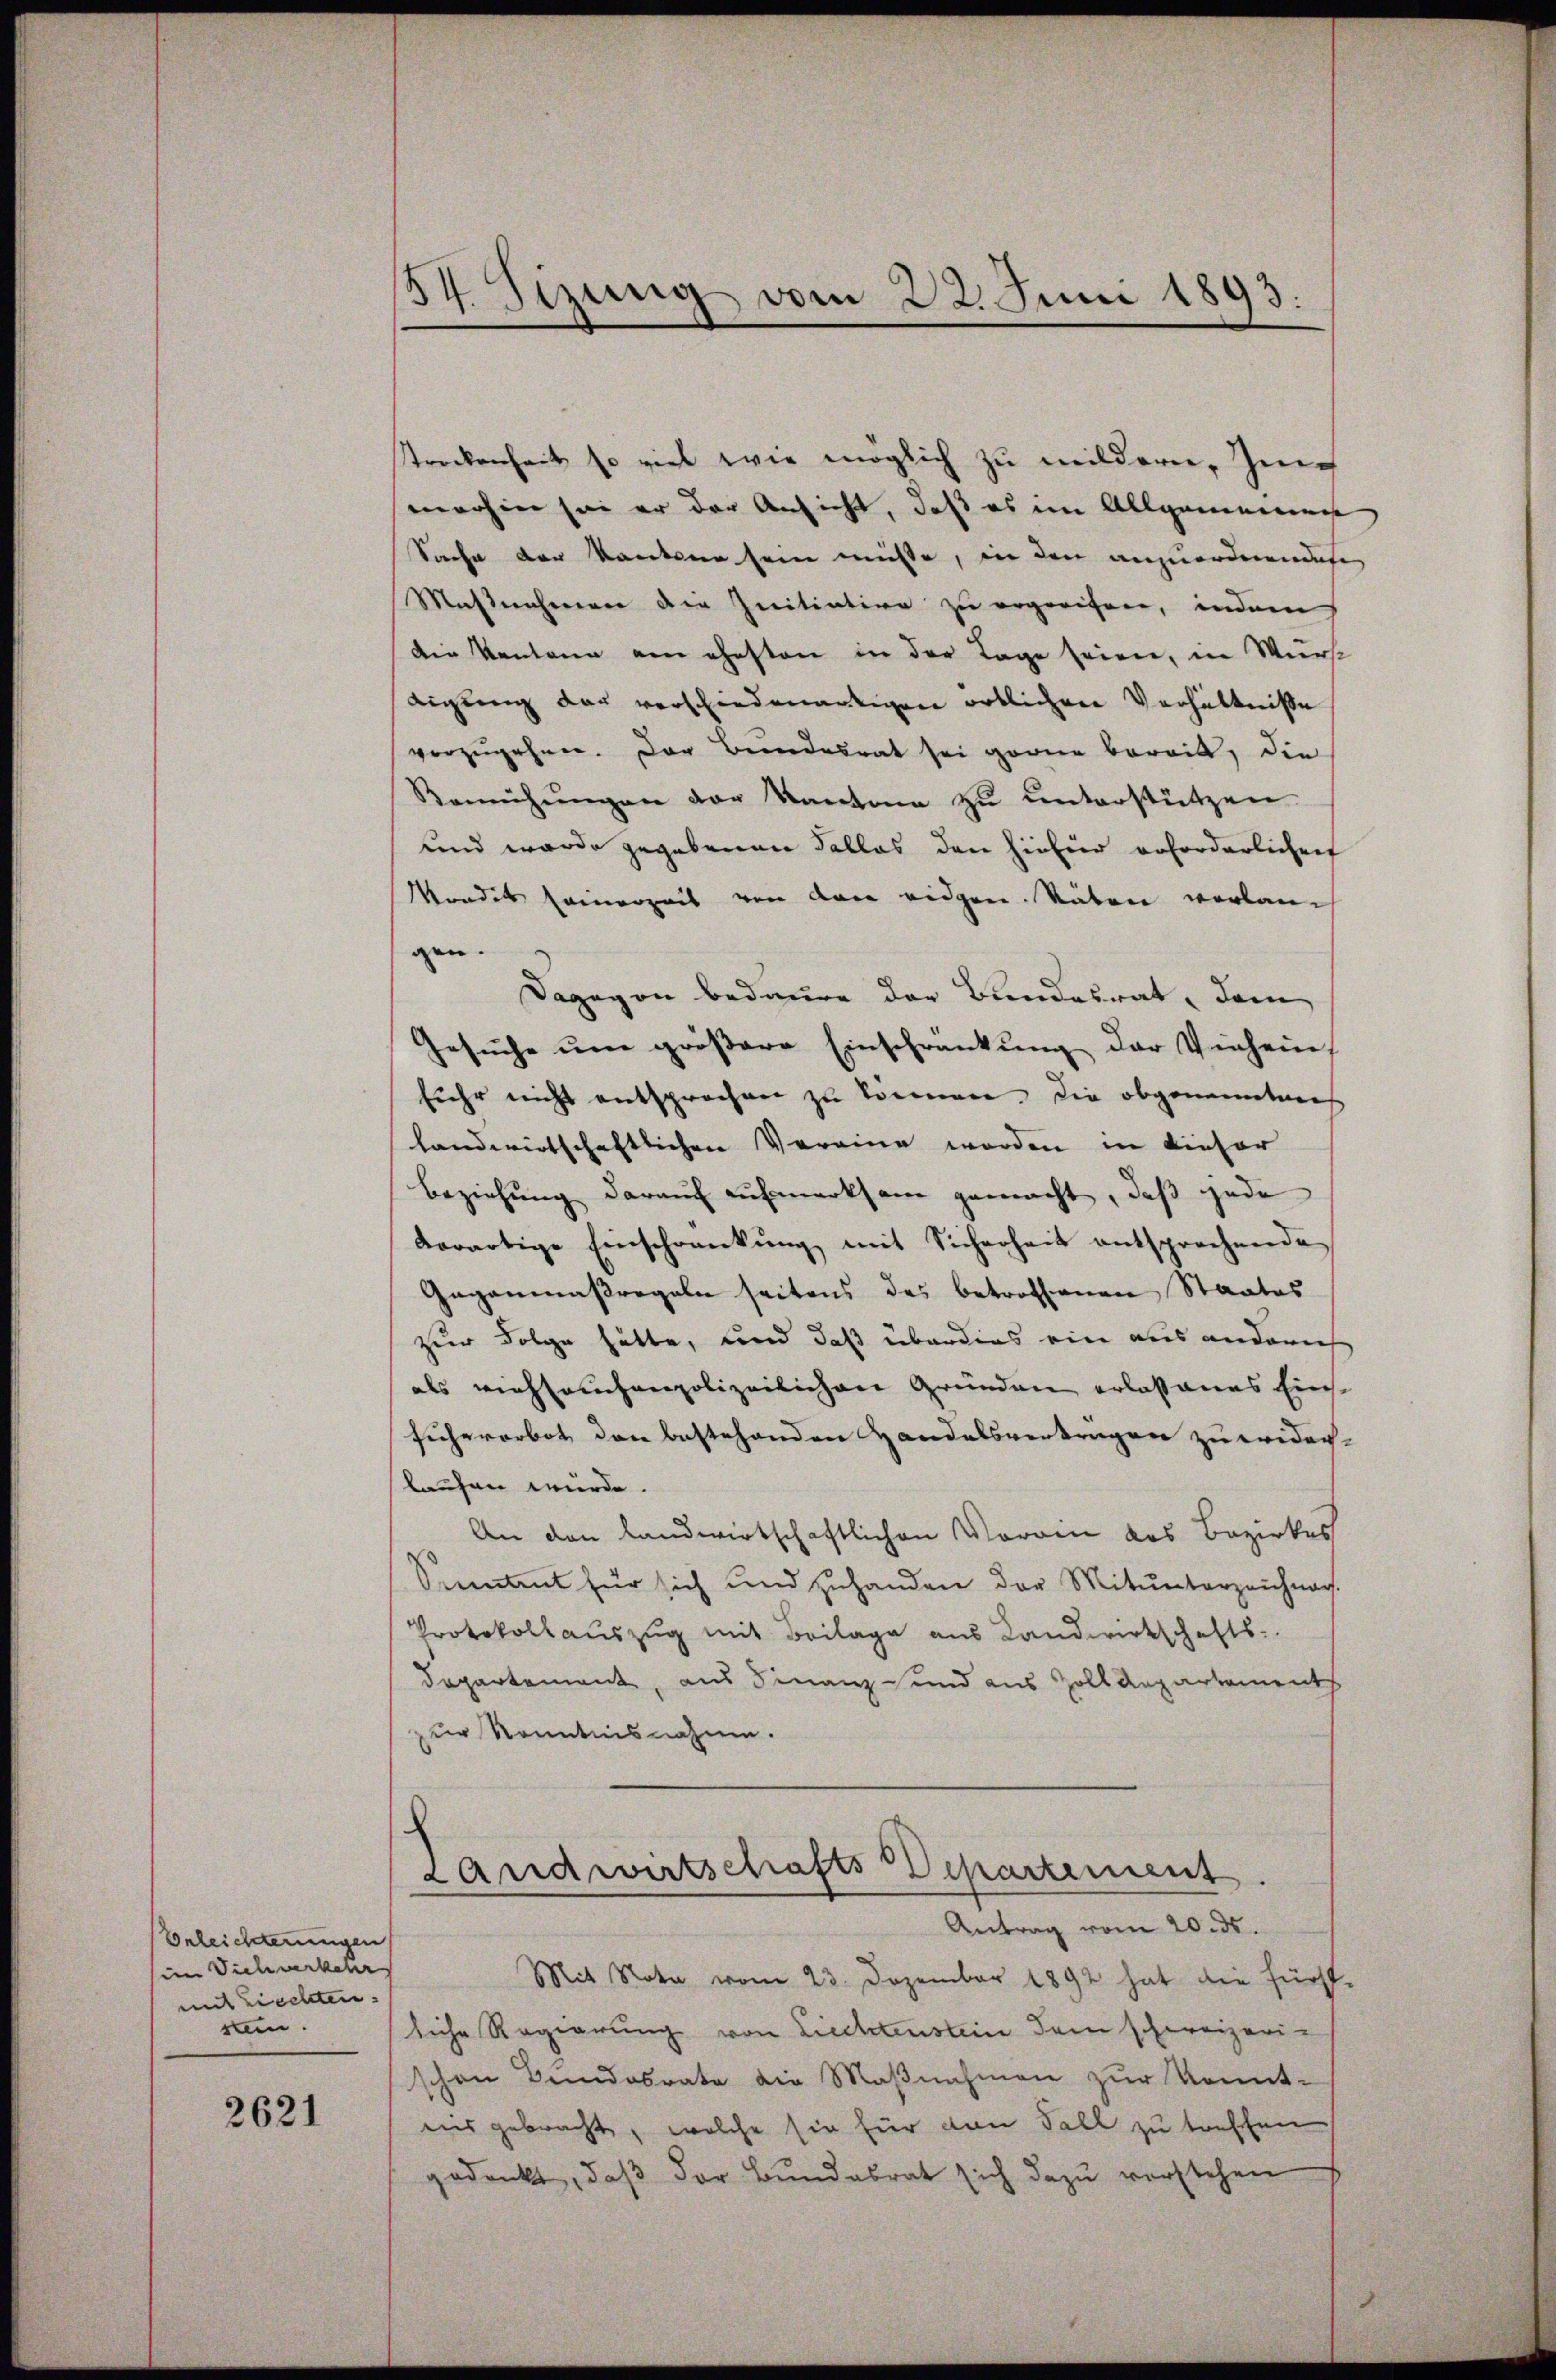
Beleichterungen
im Viehverkehr
mit rechten. |
sum.

2621

34. Sizung vom 22. Juni 1893.

Streckenheit so viel wie möglich zu mildern, Zuch
merhin sei er der Ansicht, daß es im Allgemeinng
Sache der Kantone sein müsse, in den anzuordnendes
Maßnahmen die Initiation zu ergreifen, indem
Die Kantone am ehesten in der Tage seien, in Wurst
digung der verschiedenartigen örtlichen Verhältnisse
vorzŭgehen. Der Bundesrat sei gerne bereit, die
Bemühŭngen der Kantone zŭ ŭnterstützen
und wurde gegebenen Falles den hiefür erforderlichen
Monder seinerzeit von dem eidgen. Räten verlangen.
Dagegen bedaure der Bundesrat, dann
Gesuche um größere Einschränkung der Viehein
fuhr nicht entsprochen zu können, die obgenannten
landwirtschaftlichen Vereine werden in dieser
Beziehung darauf aufmerksam gemacht, daß jede
derartige Einschrankŭng mit Sicherheit entsprechende
Gaganmaßregeln seitens des betroffenen Staates
zur Folge hätte, und daß überdies ein aus anderich
als viehseuchenpolizeilichen Gründen erlassenes Einssichererbot den bestehenden Handelsvertragen zu wider-
laufen würde.
An den landwirtschaftlichen Vorrin des Bezirkes
Siment für sich und zuhanden der Mitunterzeichnach
Protokoll auszug mit Beilage aus Landwirtschafts-
Departement, aus Finanz- und aus Zolldepartementh
zur Kenntnisnahme.
.
Landwirtschafts-Departement.
Antrag vom 20. ds.
Mit Note vom 23. Dezember 1892 hat die fürst-
liche Regierung von Liechtenstein dem schweizerischon Bundesrate die Maβnahmen zŭr Kennt-
ins gebracht, welche sie für den Fall zu treffen
gedenkt, daβ der Bundesrat sich dazu vorstehen